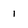
Character: 1